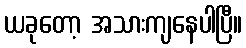
ယခုတော့ အသားကျနေပါပြီ။